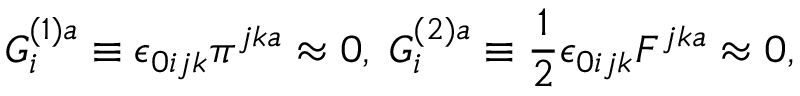
G _ { i } ^ { ( 1 ) a } \equiv \epsilon _ { 0 i j k } \pi ^ { j k a } \approx 0 , \; G _ { i } ^ { ( 2 ) a } \equiv \frac { 1 } { 2 } \epsilon _ { 0 i j k } F ^ { j k a } \approx 0 ,